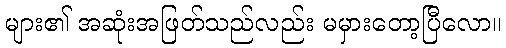
များ၏ အဆုံးအဖြတ်သည်လည်း မမှားတော့ပြီလော။